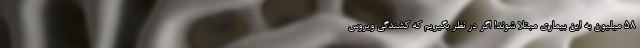
۵۸ میلیون به این بیماری مبتلا شوند! اگر در نظر بگیریم که کشندگی ویروس